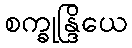
စက္ခုန္ဒြိယေ